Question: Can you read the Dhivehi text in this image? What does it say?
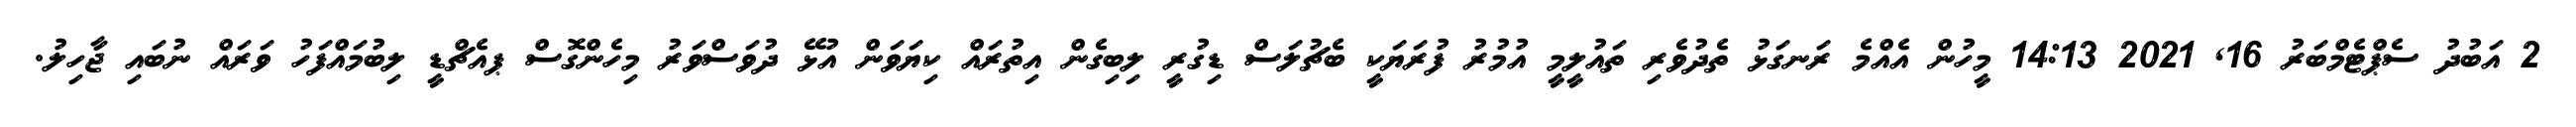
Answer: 2 އަބުދު ސެޕްޓެމްބަރު 16, 2021 14:13 މީހުން އެއްމެ ރަނގަޅު ތެދުވެރި ތައުލީމީ އުމުރު ފުރަޔަކީ ބެޗުލަސް ޑިގުރީ ލިބިގެން އިތުރައް ކިޔަވަން އުޅޭ ދުވަސްވަރު މިހެންގޮސް ޕއެޗްޑީ ލިބުމައްފަހު ވަރައް ނުބައި ޖާހިލު.